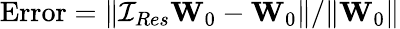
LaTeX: \mathrm{Error}=\| {\cal I}_{Res}{\mathbf W}_{0}-{\mathbf W}_{0}\| /\| {\mathbf W}_{0}\|